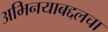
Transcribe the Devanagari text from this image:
अभिनयाबद्दलचा